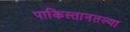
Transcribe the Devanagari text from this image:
पाकिस्तानतल्या